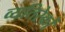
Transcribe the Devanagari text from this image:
व्यतिरेकों